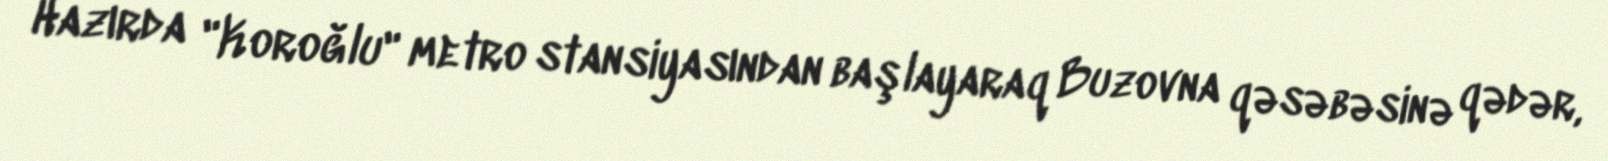
Hazırda "Koroğlu" metro stansiyasından başlayaraq Buzovna qəsəbəsinə qədər,